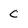
Character: C